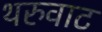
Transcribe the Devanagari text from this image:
थरुवाट